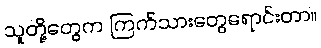
သူတို့တွေက ကြက်သားတွေရောင်းတာ။